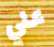
علي